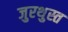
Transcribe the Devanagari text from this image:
जुरथुस्त